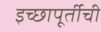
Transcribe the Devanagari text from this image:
इच्छापूर्तीची